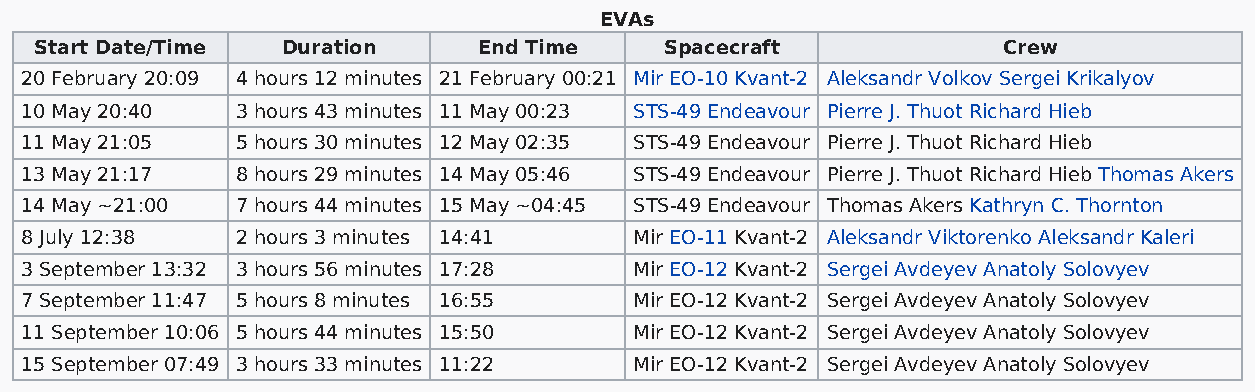
EVAs
 Start Date/Time  Duration     End Time    Spacecraft            Crew
 20 February 20:09 4 hours 12 minutes 21 February 00:21 Mir EO-10 Kvant-2 Aleksandr Volkov Sergei Krikalyov
 10 May 20:40   3 hours 43 minutes 11 May 00:23 STS-49 Endeavour Pierre J. Thuot Richard Hieb
 11 May 21:05   5 hours 30 minutes 12 May 02:35 STS-49 Endeavour Pierre J. Thuot Richard Hieb
 13 May 21:17   8 hours 29 minutes 14 May 05:46 STS-49 Endeavour Pierre J. Thuot Richard Hieb Thomas Akers
 14 May ~21:00  7 hours 44 minutes 15 May ~04:45 STS-49 Endeavour Thomas Akers Kathryn C. Thornton
 8 July 12:38   2 hours 3 minutes 14:41   Mir EO-11 Kvant-2 Aleksandr Viktorenko Aleksandr Kaleri
 3 September 13:32 3 hours 56 minutes 17:28 Mir EO-12 Kvant-2 Sergei Avdeyev Anatoly Solovyev
 7 September 11:47 5 hours 8 minutes 16:55 Mir EO-12 Kvant-2 Sergei Avdeyev Anatoly Solovyev
 11 September 10:06 5 hours 44 minutes 15:50 Mir EO-12 Kvant-2 Sergei Avdeyev Anatoly Solovyev
 15 September 07:49 3 hours 33 minutes 11:22 Mir EO-12 Kvant-2 Sergei Avdeyev Anatoly Solovyev